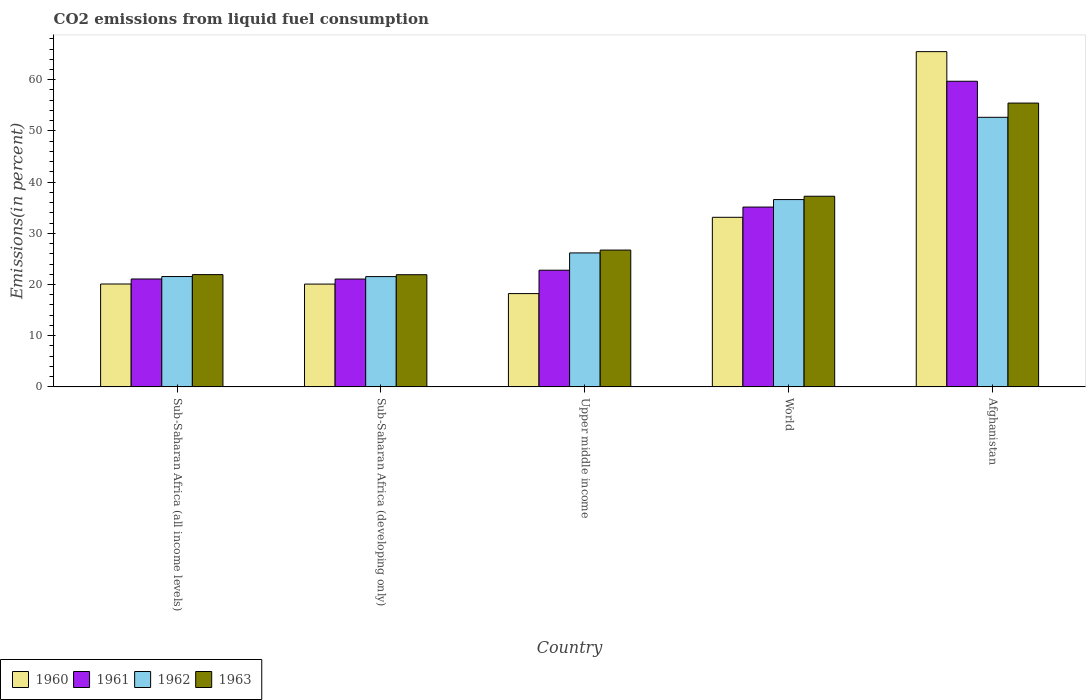
| Country | 1960 | 1961 | 1962 | 1963 |
 | --- | --- | --- | --- | --- |
 | Sub-Saharan Africa (all income levels) | 20.1 | 21.1 | 21.6 | 21.9 |
 | Sub-Saharan Africa (developing only) | 20.1 | 21.1 | 21.5 | 21.9 |
 | Upper middle income | 18.2 | 22.8 | 26.2 | 26.7 |
 | World | 33.1 | 35.1 | 36.6 | 37.2 |
 | Afghanistan | 65.5 | 59.7 | 52.7 | 55.4 |